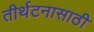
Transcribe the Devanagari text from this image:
तीर्थटनासाठी